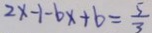
1 2 x - 1 - b x + b = \frac { 5 } { 3 }